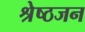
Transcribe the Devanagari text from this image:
श्रेष्‍ठजन